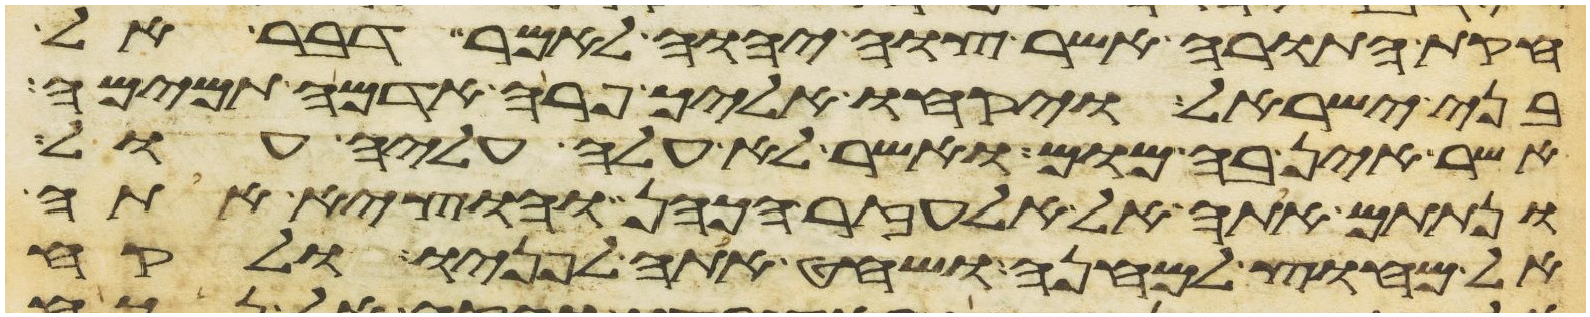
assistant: חקות התורה אשר צוה יהוה לאמר דבר אל
בני ישראל ויקחו אליך פרה אדמה תמימה
אשר אין בה מום ואשר לא עלה עליה עול
ונתתם אתה אל אלעזר הכהן והוציא אתה
אל מחוץ למחנה ושחט אתה לפניו ולקח